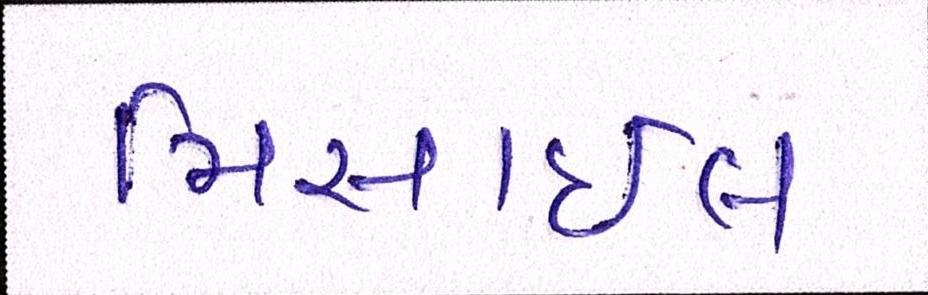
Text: મિસાઇલ